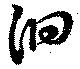
徊